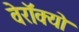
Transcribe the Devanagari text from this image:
वेरॉक्यो